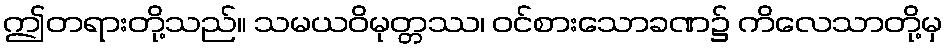
ဤတရားတို့သည်။ သမယဝိမုတ္တဿ၊ ဝင်စားသောခဏ၌ ကိလေသာတို့မှ